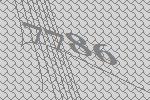
7786